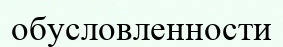
обусловленности